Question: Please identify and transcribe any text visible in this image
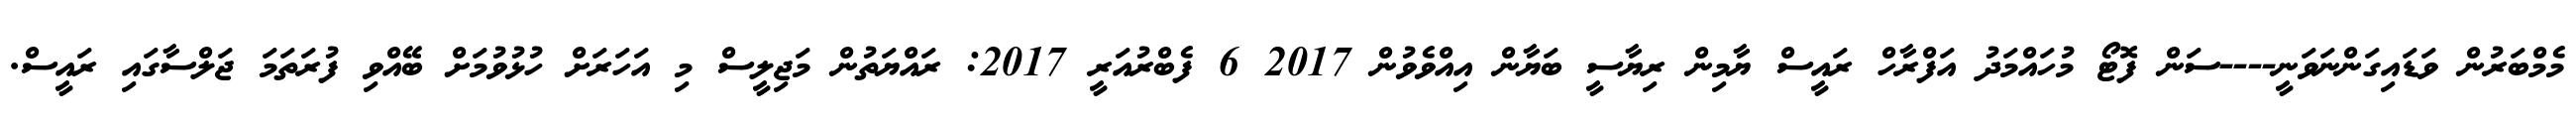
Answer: މެމްބަރުން ވަޑައިގަންނަވަނީ----ސަން ފޮޓޯ މުހައްމަދު އަފްރާހް ރައީސް ޔާމިން ރިޔާސީ ބަޔާން އިއްވެވުން 2017 6 ފެބްރުއަރީ 2017: ރައްޔަތުން މަޖިލީސް މި އަހަރަށް ހުޅުވުމަށް ބޭއްވި ފުރަތަމަ ޖަލްސާގައި ރައީސް.